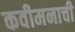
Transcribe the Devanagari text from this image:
कवीमनाची